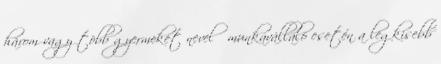
három vagy több gyermeket nevelő munkavállaló esetén a legkisebb